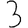
Digit: 3